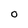
Character: O